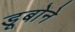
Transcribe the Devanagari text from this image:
डूबोने